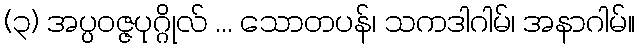
(၃) အပ္ပဝဇ္ဇပုဂ္ဂိုလ် ... သောတပန်၊ သကဒါဂါမ်၊ အနာဂါမ်။